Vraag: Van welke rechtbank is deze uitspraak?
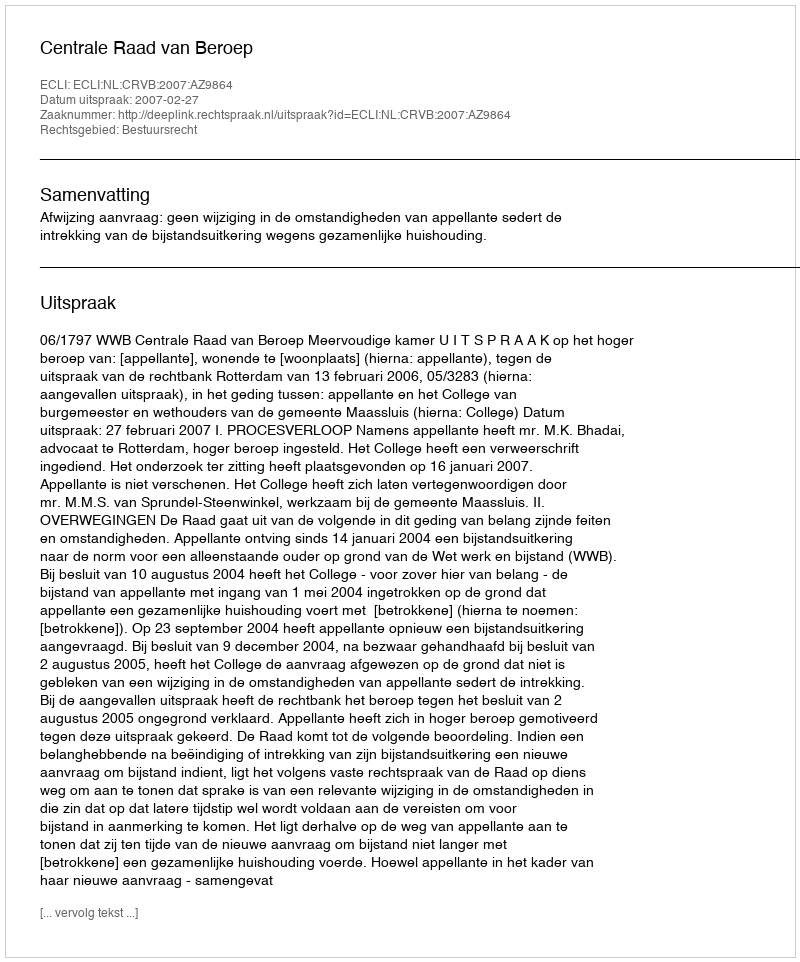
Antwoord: Centrale Raad van Beroep